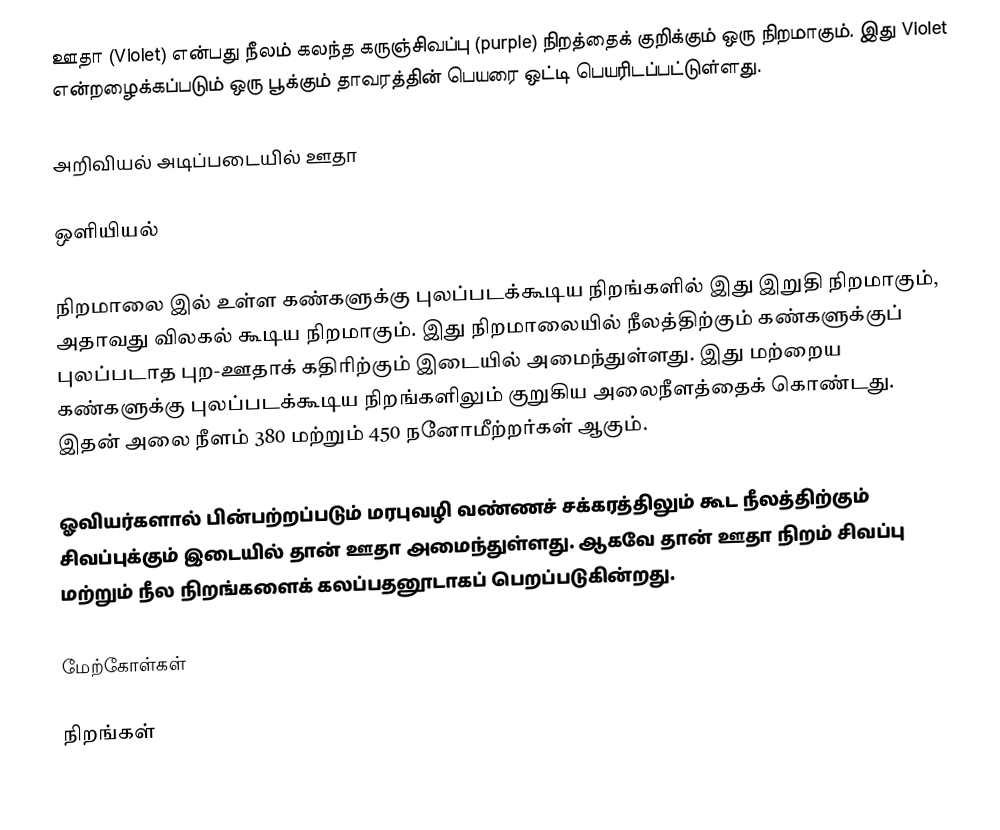
ஊதா (Violet) என்பது நீலம் கலந்த கருஞ்சிவப்பு (purple) நிறத்தைக் குறிக்கும் ஒரு நிறமாகும். இது Violet என்றழைக்கப்படும் ஒரு பூக்கும் தாவரத்தின் பெயரை ஒட்டி பெயரிடப்பட்டுள்ளது.

அறிவியல் அடிப்படையில் ஊதா

ஒளியியல்

நிறமாலை இல் உள்ள கண்களுக்கு புலப்படக்கூடிய நிறங்களில் இது இறுதி நிறமாகும், அதாவது விலகல் கூடிய நிறமாகும். இது நிறமாலையில் நீலத்திற்கும் கண்களுக்குப் புலப்படாத புற-ஊதாக் கதிரிற்கும் இடையில் அமைந்துள்ளது. இது மற்றைய கண்களுக்கு புலப்படக்கூடிய நிறங்களிலும் குறுகிய அலைநீளத்தைக் கொண்டது. இதன் அலை நீளம் 380 மற்றும் 450 நனோமீற்றர்கள் ஆகும்.

ஓவியர்களால் பின்பற்றப்படும் மரபுவழி வண்ணச் சக்கரத்திலும் கூட நீலத்திற்கும் சிவப்புக்கும் இடையில் தான் ஊதா அமைந்துள்ளது. ஆகவே தான் ஊதா நிறம் சிவப்பு மற்றும் நீல நிறங்களைக் கலப்பதனூடாகப் பெறப்படுகின்றது.

மேற்கோள்கள்

நிறங்கள்